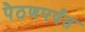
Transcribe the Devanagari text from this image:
पैठणपर्यंत